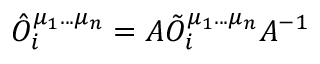
{ \hat { O } } _ { i } ^ { \mu _ { 1 } . . . \mu _ { n } } = A { \tilde { O } } _ { i } ^ { \mu _ { 1 } . . . \mu _ { n } } A ^ { - 1 }